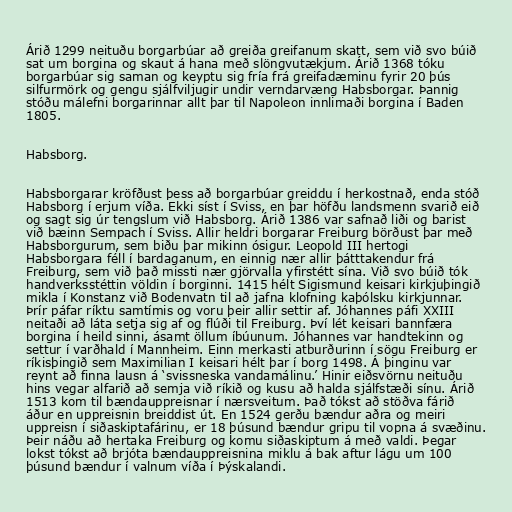
Árið 1299 neituðu borgarbúar að greiða greifanum skatt, sem við svo búið
sat um borgina og skaut á hana með slöngvutækjum. Árið 1368 tóku
borgarbúar sig saman og keyptu sig fría frá greifadæminu fyrir 20 þús
silfurmörk og gengu sjálfviljugir undir verndarvæng Habsborgar. Þannig
stóðu málefni borgarinnar allt þar til Napoleon innlimaði borgina í Baden
1805.

Habsborg.

Habsborgarar kröfðust þess að borgarbúar greiddu í herkostnað, enda stóð
Habsborg í erjum víða. Ekki síst í Sviss, en þar höfðu landsmenn svarið eið
og sagt sig úr tengslum við Habsborg. Árið 1386 var safnað liði og barist
við bæinn Sempach í Sviss. Allir heldri borgarar Freiburg börðust þar með
Habsborgurum, sem biðu þar mikinn ósigur. Leopold III hertogi
Habsborgara féll í bardaganum, en einnig nær allir þátttakendur frá
Freiburg, sem við það missti nær gjörvalla yfirstétt sína. Við svo búið tók
handverksstéttin völdin í borginni. 1415 hélt Sigismund keisari kirkjuþingið
mikla í Konstanz við Bodenvatn til að jafna klofning kaþólsku kirkjunnar.
Þrír páfar ríktu samtímis og voru þeir allir settir af. Jóhannes páfi XXIII
neitaði að láta setja sig af og flúði til Freiburg. Því lét keisari bannfæra
borgina í heild sinni, ásamt öllum íbúunum. Jóhannes var handtekinn og
settur í varðhald í Mannheim. Einn merkasti atburðurinn í sögu Freiburg er
ríkisþingið sem Maximilian I keisari hélt þar í borg 1498. Á þinginu var
reynt að finna lausn á ‘svissneska vandamálinu.’ Hinir eiðsvörnu neituðu
hins vegar alfarið að semja við ríkið og kusu að halda sjálfstæði sínu. Árið
1513 kom til bændauppreisnar í nærsveitum. Það tókst að stöðva fárið
áður en uppreisnin breiddist út. En 1524 gerðu bændur aðra og meiri
uppreisn í siðaskiptafárinu, er 18 þúsund bændur gripu til vopna á svæðinu.
Þeir náðu að hertaka Freiburg og komu siðaskiptum á með valdi. Þegar
lokst tókst að brjóta bændauppreisnina miklu á bak aftur lágu um 100
þúsund bændur í valnum víða í Þýskalandi.